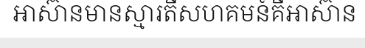
អាស៊ានមានស្មារតីសហគមន៍គឺអាស៊ាន